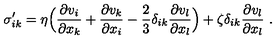
\sigma _ { i k } ^ { \prime } = \eta \Bigl ( { \frac { \partial v _ { i } } { \partial x _ { k } } } + { \frac { \partial v _ { k } } { \partial x _ { i } } } - { \frac { 2 } { 3 } } \delta _ { i k } { \frac { \partial v _ { l } } { \partial x _ { l } } } \Bigr ) + \zeta \delta _ { i k } { \frac { \partial v _ { l } } { \partial x _ { l } } } \ .